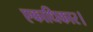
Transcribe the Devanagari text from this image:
एकाधिकार।